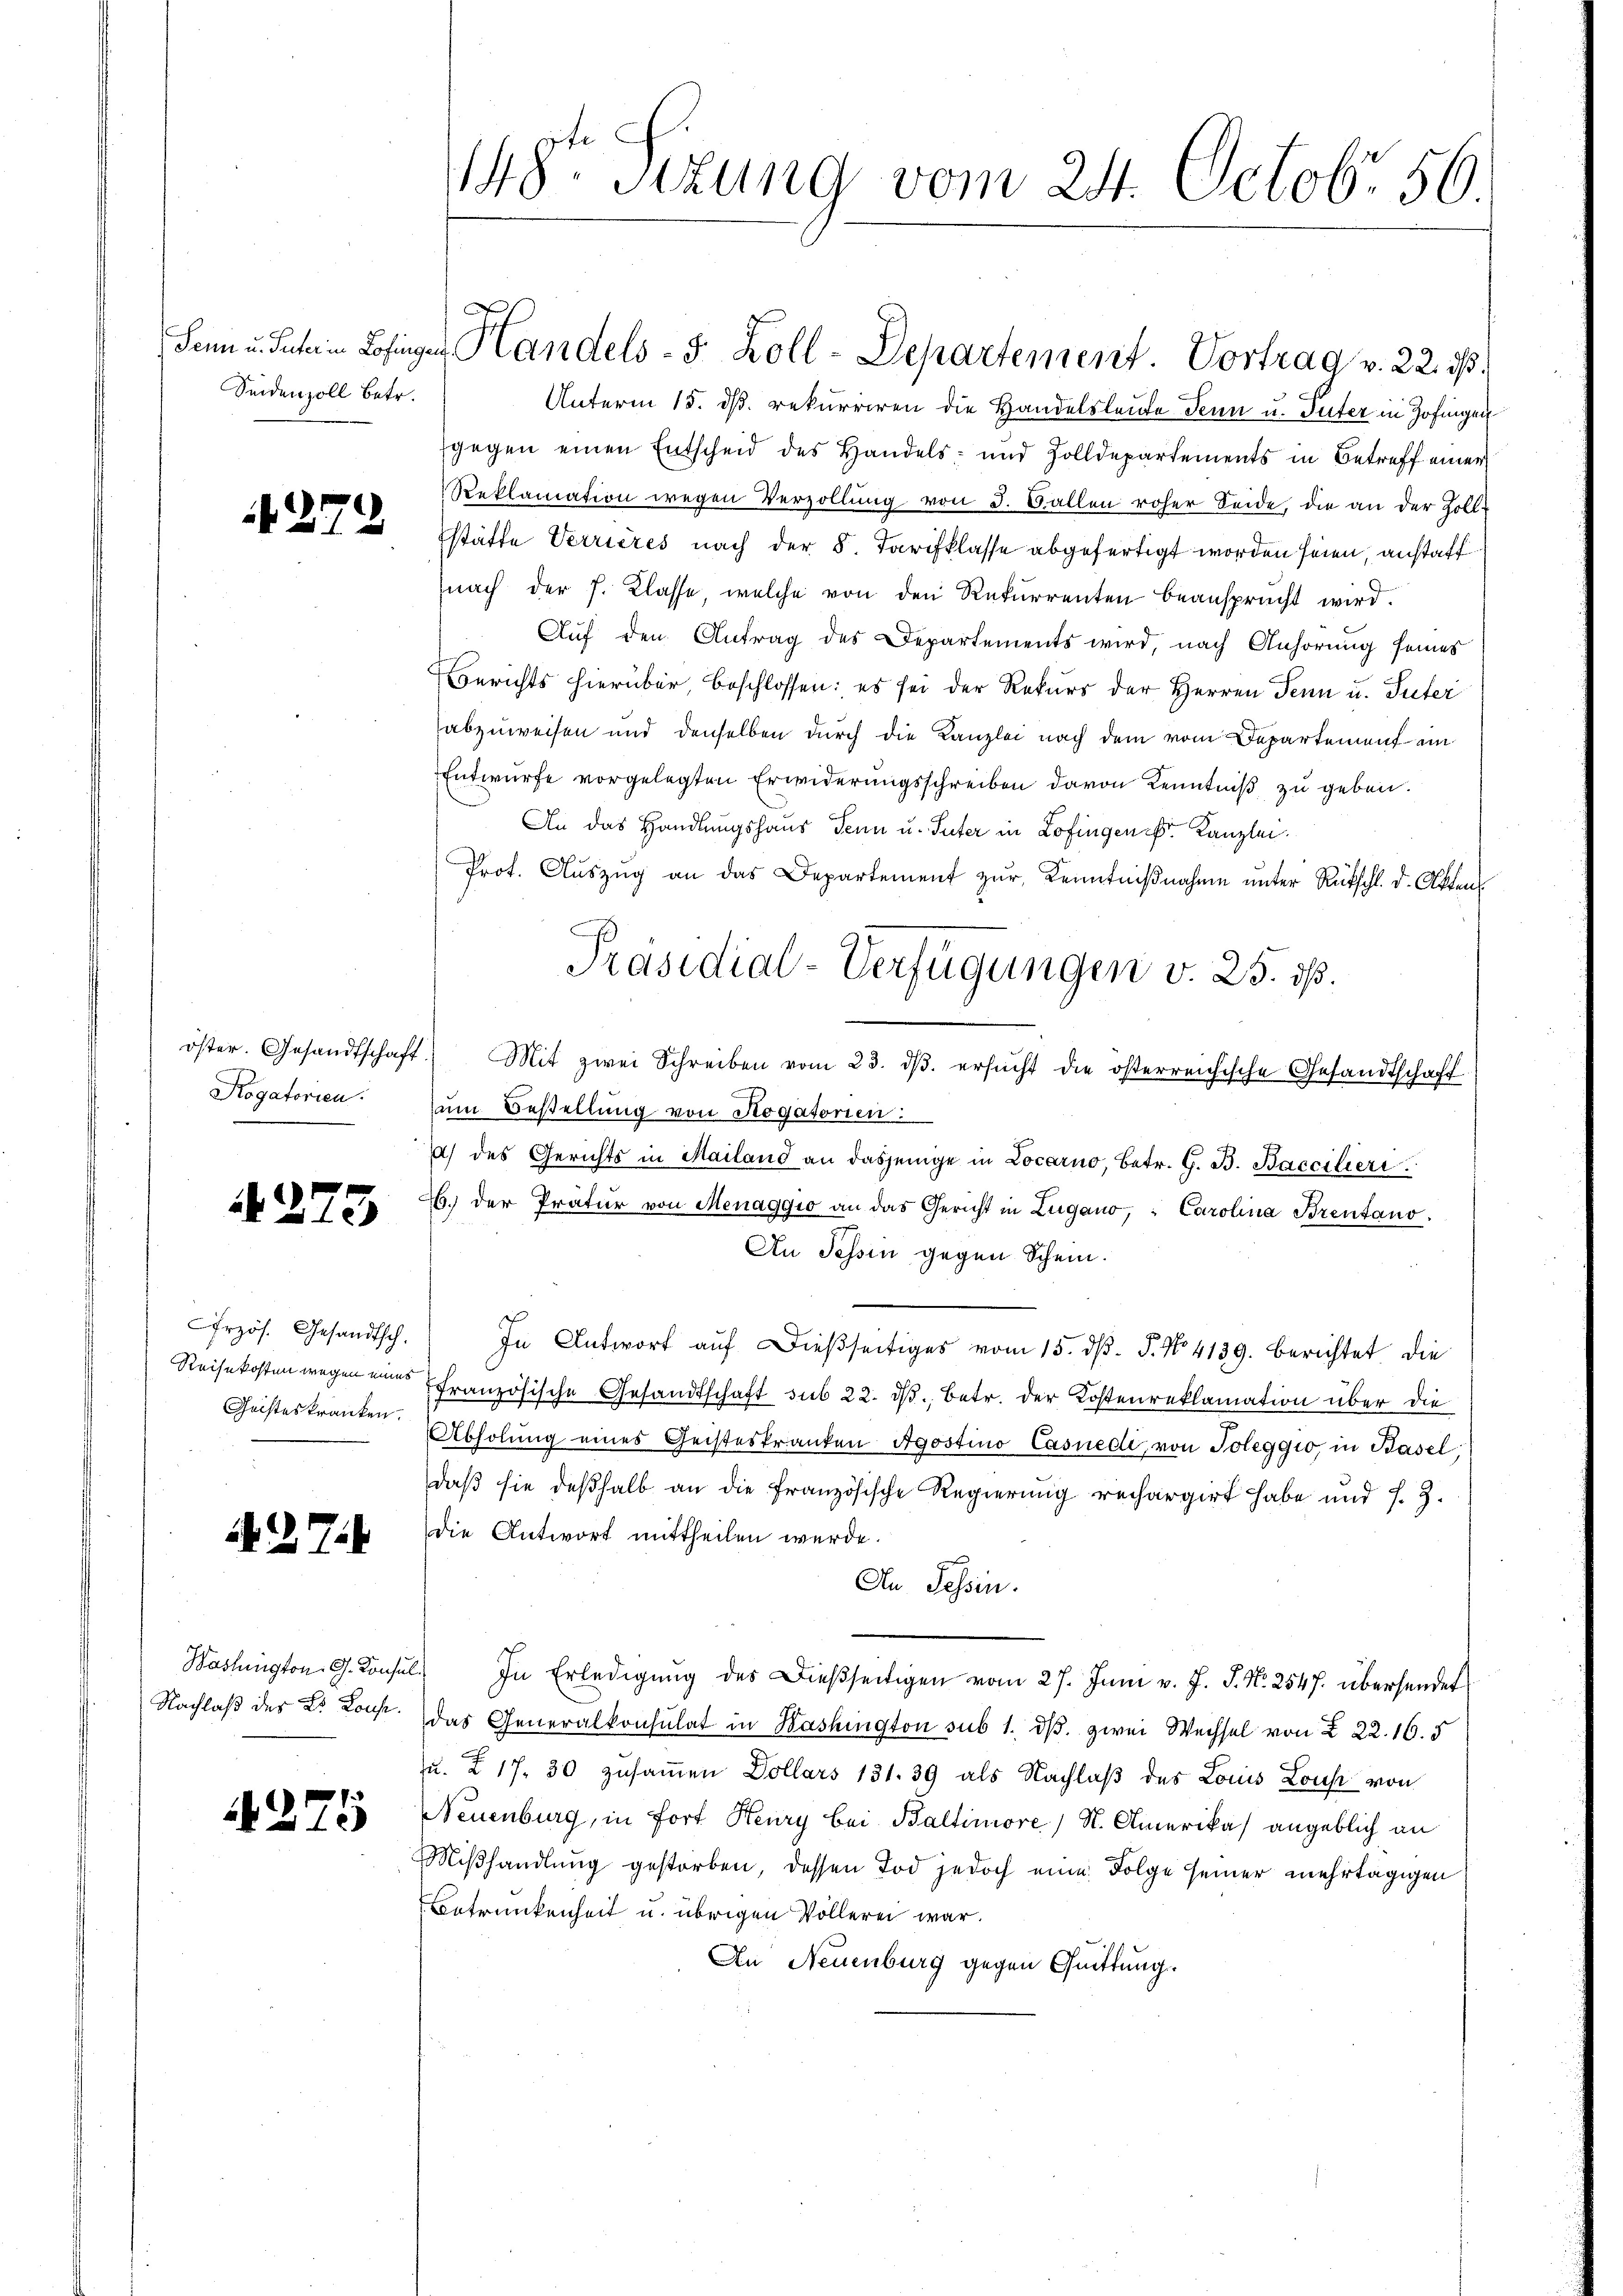
Seidenzoll betr.

if. 274

öster. Gesandtschaft.
Kogatorien.

4275

Erzös. Gesandtsch.
Reisekosten wegen eines
Geisteskranken.

A.27

Washington G. Konsul
Nachlaß des L. Konse.

4275

148te Sizung vom 24. Octobr 56.

Senn u. Inter in Zofingen Handels- 3. Koll-Departement. Vortrag v. 22. d.
Unterm 15. dß. rekurriren die Handelsleute Senn u. Inter in Zofingen
gegen einen Entscheid des Handels- und Zolldepartements in Betreff einer
Reklamation wegen Verzollŭng von J. Gallen roher Seide, die an der Zoll-
stätte Verrieres nach der 8. Tarifklasse abgefertigt worden seien, anstaff
nach der f. Klasse, welche von den Rekurrenten beansprucht wird.
Auf den Antrag des Departements wird, nach Anhörung seines
Berichts hierüber, beschlossen; es sei der Rekurs der Herren Tenn u. Suter
abzuweisen und denselben durch die Kanzlei nach dem vom Departement ein
Entwurfe vorgelegten Erwiderungsschreiben davon Kenntniß zu geben.
An das Handlungshaus Senn u. Suter in Zofingen Kanzlei.
Prot. Aŭszŭg an das Departement zŭr Kenntniβnahme ŭnter Rütschl. d. Aktens
Mit zwei Schreiben vom 23. dβ. ersŭcht die österreichische Gesandtschaft
zum Bestellung von Rogatorien:
a) des Gerichts in Mailand an dasjenige in Locarno, betr. G. B. Baccilieri
26. der Pratur von Menaggio an das Gericht in Lugano, " Carolina Brentano.
An Tessin gegen Schein.
In Antwort auf dießseitiges vom 15. dβ. P. No 4139. berichtet die
französische Gesandtschaft sub 22. ds. betr. der Kostenreklamation über die
Abholung eines Geisteskranken Agostino Casnedi, von Toleggio, in Basel,
daß sie deßhalb an die französische Regierung rechargirt habe und s. Z.
die Antwort mittheilen werde.
An Tessin.
In Erledigung des Dießseitigen vom 27. Juni v. J. J. N. 2547. übersendet
das Generalkonsulat in Washington sub 1. dβ. zwei Wechsel von § 22. 16. 5
u. § 17. 30 zusammen Dollars 131. 39 als Nachlaß des Louis Louse von
Neuenburg, in Fort Heury bei Baltimore, N. Amerika) angeblich an
Mißhandlung gestorben, dessen Tod jedoch eine Folge seiner mehrtägigen
Betrunkenheit u. übrigen Völlerei war.
An Neuenburg gegen Quittung.

Präsidial-Verfügungen v. 25. ds.